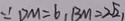
\because D M = 6 _ { 1 } B M = 2 \sqrt { 2 _ { 1 } }